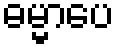
ဓမ္မာပေ